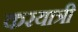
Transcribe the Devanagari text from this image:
करयात्री